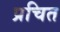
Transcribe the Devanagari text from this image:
प्रचित